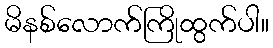
မိနစ်လောက်ကြိုထွက်ပါ။